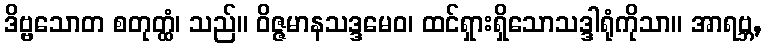
ဒိဗ္ဗသောတ စတုတ္ထံ၊ သည်။ ဝိဇ္ဇမာနသဒ္ဒမေဝ၊ ထင်ရှားရှိသောသဒ္ဒါရုံကိုသာ။ အာရဗ္ဘ,